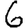
Digit: 6